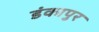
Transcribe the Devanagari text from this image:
डंकापुर